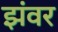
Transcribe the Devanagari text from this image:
झंवर